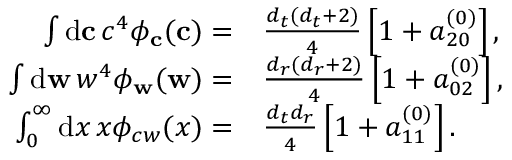
\begin{array} { r l } { \int \mathrm { d } \mathbf { c } \, c ^ { 4 } \phi _ { \mathbf { c } } ( \mathbf { c } ) = } & { { } \frac { { d _ { t } } ( { d _ { t } } + 2 ) } { 4 } \left[ 1 + a _ { 2 0 } ^ { ( 0 ) } \right] , } \\ { \int \mathrm { d } \mathbf { w } \, w ^ { 4 } \phi _ { \mathbf { w } } ( \mathbf { w } ) = } & { { } \frac { { d _ { r } } ( { d _ { r } } + 2 ) } { 4 } \left[ 1 + a _ { 0 2 } ^ { ( 0 ) } \right] , } \\ { \int _ { 0 } ^ { \infty } \mathrm { d } x \, x \phi _ { c w } ( x ) = } & { { } \frac { { d _ { t } } { d _ { r } } } { 4 } \left[ 1 + a _ { 1 1 } ^ { ( 0 ) } \right] . } \end{array}